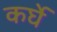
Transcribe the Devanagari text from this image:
कर्घे